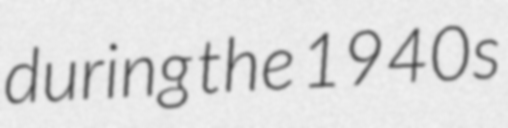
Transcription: during the 1940s